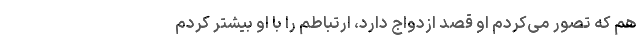
هم که تصور می‌کردم او قصد ازدواج دارد، ارتباطم را با او بیشتر کردم